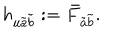
h _ { u \tilde { a } \tilde { b } } : = \bar { F } _ { \tilde { a } \tilde { b } } .